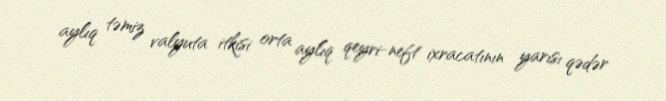
aylıq təmiz valyuta itkisi orta aylıq qeyri-neft ixracatının yarısı qədər